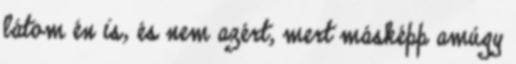
látom én is, és nem azért, mert másképp amúgy